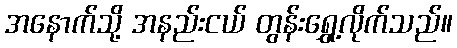
အနောက်သို့ အနည်းငယ် တွန်းရွှေ့လိုက်သည်။